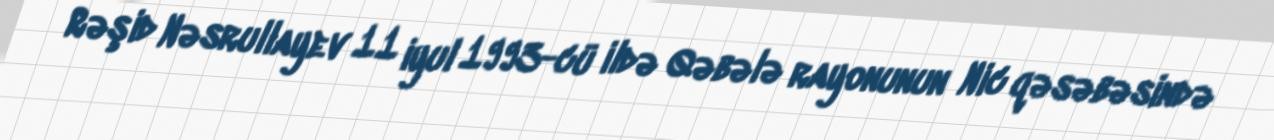
Rəşid Nəsrullayev 11 iyul 1993-cü ildə Qəbələ rayonunun Nic qəsəbəsində